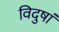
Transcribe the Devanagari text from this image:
विदुषां